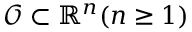
\mathcal { O } \subset \mathbb { R } ^ { n } ( n \geq 1 )